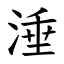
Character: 涶